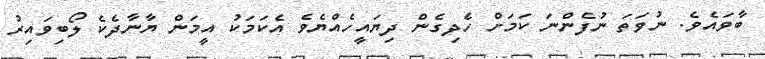
ބާވައެެވެ. ނުވަތަ ނުފެންނަ ކަމަށް ހެދިގެން ދިޔައީހެއްޔެވެ އެކަމަކު އީމަން ޔާނާދެކެ ލޯބިވައިރު